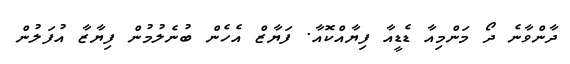
ދާންވާނެ ދޯ މަންމިއާ ޑެޑީއާ ފިޔާއްކޮއާ. ފަޔާޒް އެހެން ބުނެލުމުން ފިޔާޒާ އުފަލުން